Papers set at the Examination for Leaving Certificates, 1892
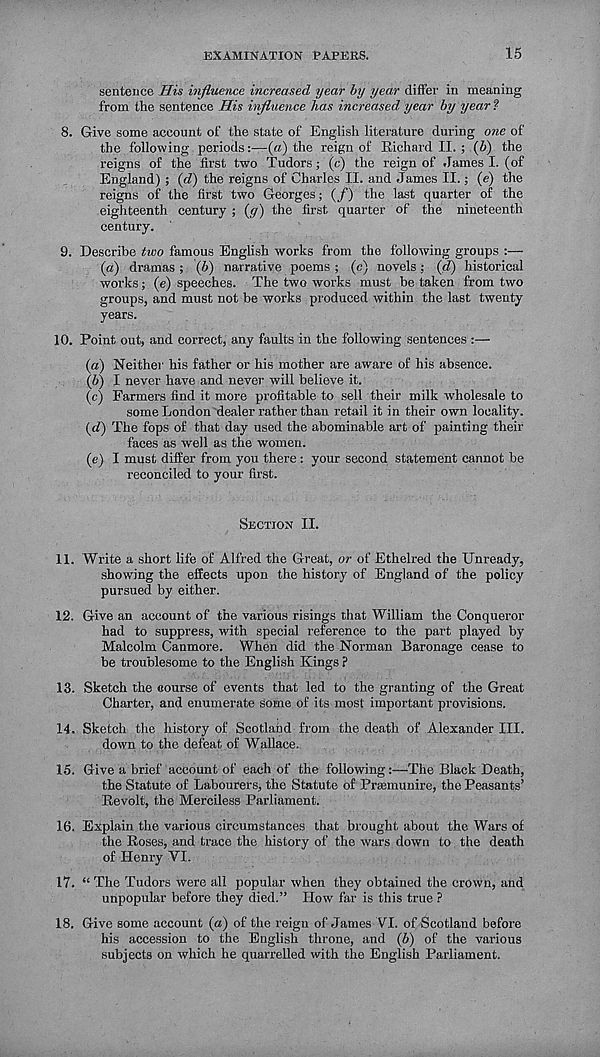
EXAMINATION TAPERS.
15
sentence His influence increased year by year differ in meaning
from the sentence His influence has increased year by year ?
8. Give some account of the state of English literature during one of
the following periods(a) the reign of Richard II. ; (b) the
reigns of the first two Tudors; (c) the reign of .lames I. (of
England) ; (d) the reigns of Charles II. and James II.; (e) the
reigns of the first two Georges; (/) the last quarter of the
eighteenth century ; (y) the first quarter of the nineteenth
century.
9. Describe two famous English works from the following groups :—
(a)
dramas ; (6) narrative poems ; (c
works; (e) speeches. The two works must be taken from two
groups, and must not be works produced within the last twenty
years.
10.
Point out, and correct, any faults in the following sentence
(a) Neither his father or his mother are aware of his absence.
(b) I never have and never will believe it.
(c) Farmers find it more profitable to sell their milk wholesale to
some London dealer rather than retail it in their own locality.
(d) The fops of that day used the abominable art of painting their
faces as well as the women.
(e) I must differ from you there : your second statement cannot be
reconciled to your first.
SECTION II.
11. Write a short life of Alfred the Great, or of Ethelred the Unready,
showing the effects upon the history of England of the policy
pursued by either.
12. Give an account of the various risings that William the Conqueror
had to suppress, with special reference to the part played by
Malcolm Canmore. When did the Norman Baronage cease to
he troublesome to the English Kings ?
13. Sketch the course of events that led to the granting of the Great
Charter, and enumerate some of its most important provisions.
14. Sketch the history of Scotland from the death of Alexander III.
down to the defeat of Wallace.
15. Give a brief account of each of the following:—The Black Death,
the Statute of Labourers, the Statute of Prmmunire, the Peasants’
Revolt, the Merciless Parliament.
16. Explain the various circumstances that brought about the Wars of
the Roses, and trace the history of the wars down to the death
of Henry VI.
17. “ The Tudors were all popular when they obtained the crown, and
unpopular before they died.” How far is this true ?
18. Give some account (a) of the reign of James VI. of Scotland before
his accession to the English throne, and (b) of the various
subjects on which he quarrelled with the English Parliament.